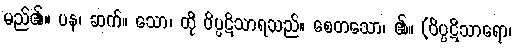
မည်၏။ ပန၊ ဆက်။ သော၊ ထို ဝိပ္ပဋိသာရသည်။ စေတသော၊ ၏။ (ဝိပ္ပဋိသာရော၊